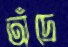
অঁদ্রে